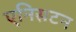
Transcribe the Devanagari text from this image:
एनिसटन